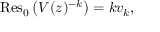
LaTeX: \operatorname { R e s } _ { 0 } { \big ( } V ( z ) ^ { - k } { \big ) } = k v _ { k } ,